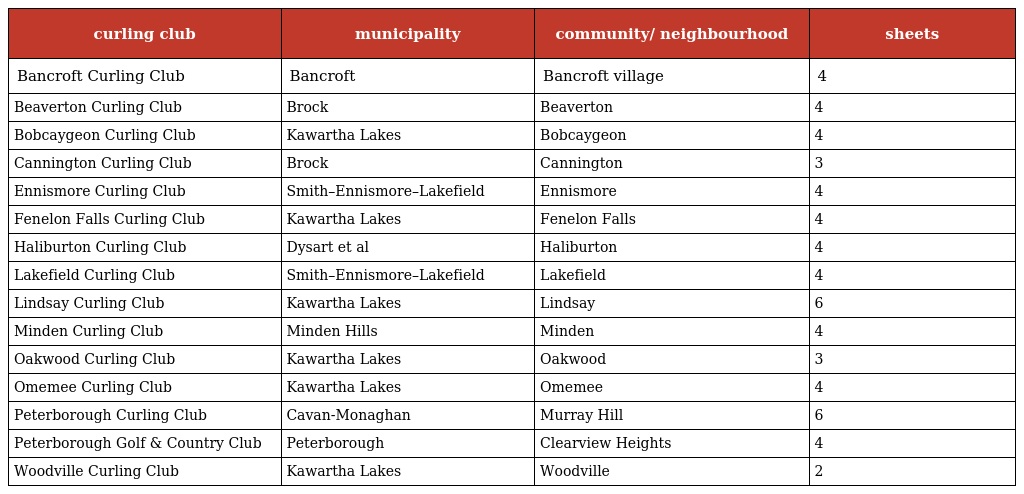
| curling club | municipality | community/ neighbourhood | sheets |
 | --- | --- | --- | --- |
 | Bancroft Curling Club | Bancroft | Bancroft village | 4 |
 | Beaverton Curling Club | Brock | Beaverton | 4 |
 | Bobcaygeon Curling Club | Kawartha Lakes | Bobcaygeon | 4 |
 | Cannington Curling Club | Brock | Cannington | 3 |
 | Ennismore Curling Club | Smith–Ennismore–Lakefield | Ennismore | 4 |
 | Fenelon Falls Curling Club | Kawartha Lakes | Fenelon Falls | 4 |
 | Haliburton Curling Club | Dysart et al | Haliburton | 4 |
 | Lakefield Curling Club | Smith–Ennismore–Lakefield | Lakefield | 4 |
 | Lindsay Curling Club | Kawartha Lakes | Lindsay | 6 |
 | Minden Curling Club | Minden Hills | Minden | 4 |
 | Oakwood Curling Club | Kawartha Lakes | Oakwood | 3 |
 | Omemee Curling Club | Kawartha Lakes | Omemee | 4 |
 | Peterborough Curling Club | Cavan-Monaghan | Murray Hill | 6 |
 | Peterborough Golf & Country Club | Peterborough | Clearview Heights | 4 |
 | Woodville Curling Club | Kawartha Lakes | Woodville | 2 |